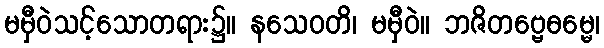
မမှီဝဲသင့်သောတရား၌။ နသေဝတိ၊ မမှီဝဲ။ ဘဇိတဗ္ဗေဓမ္မေ၊